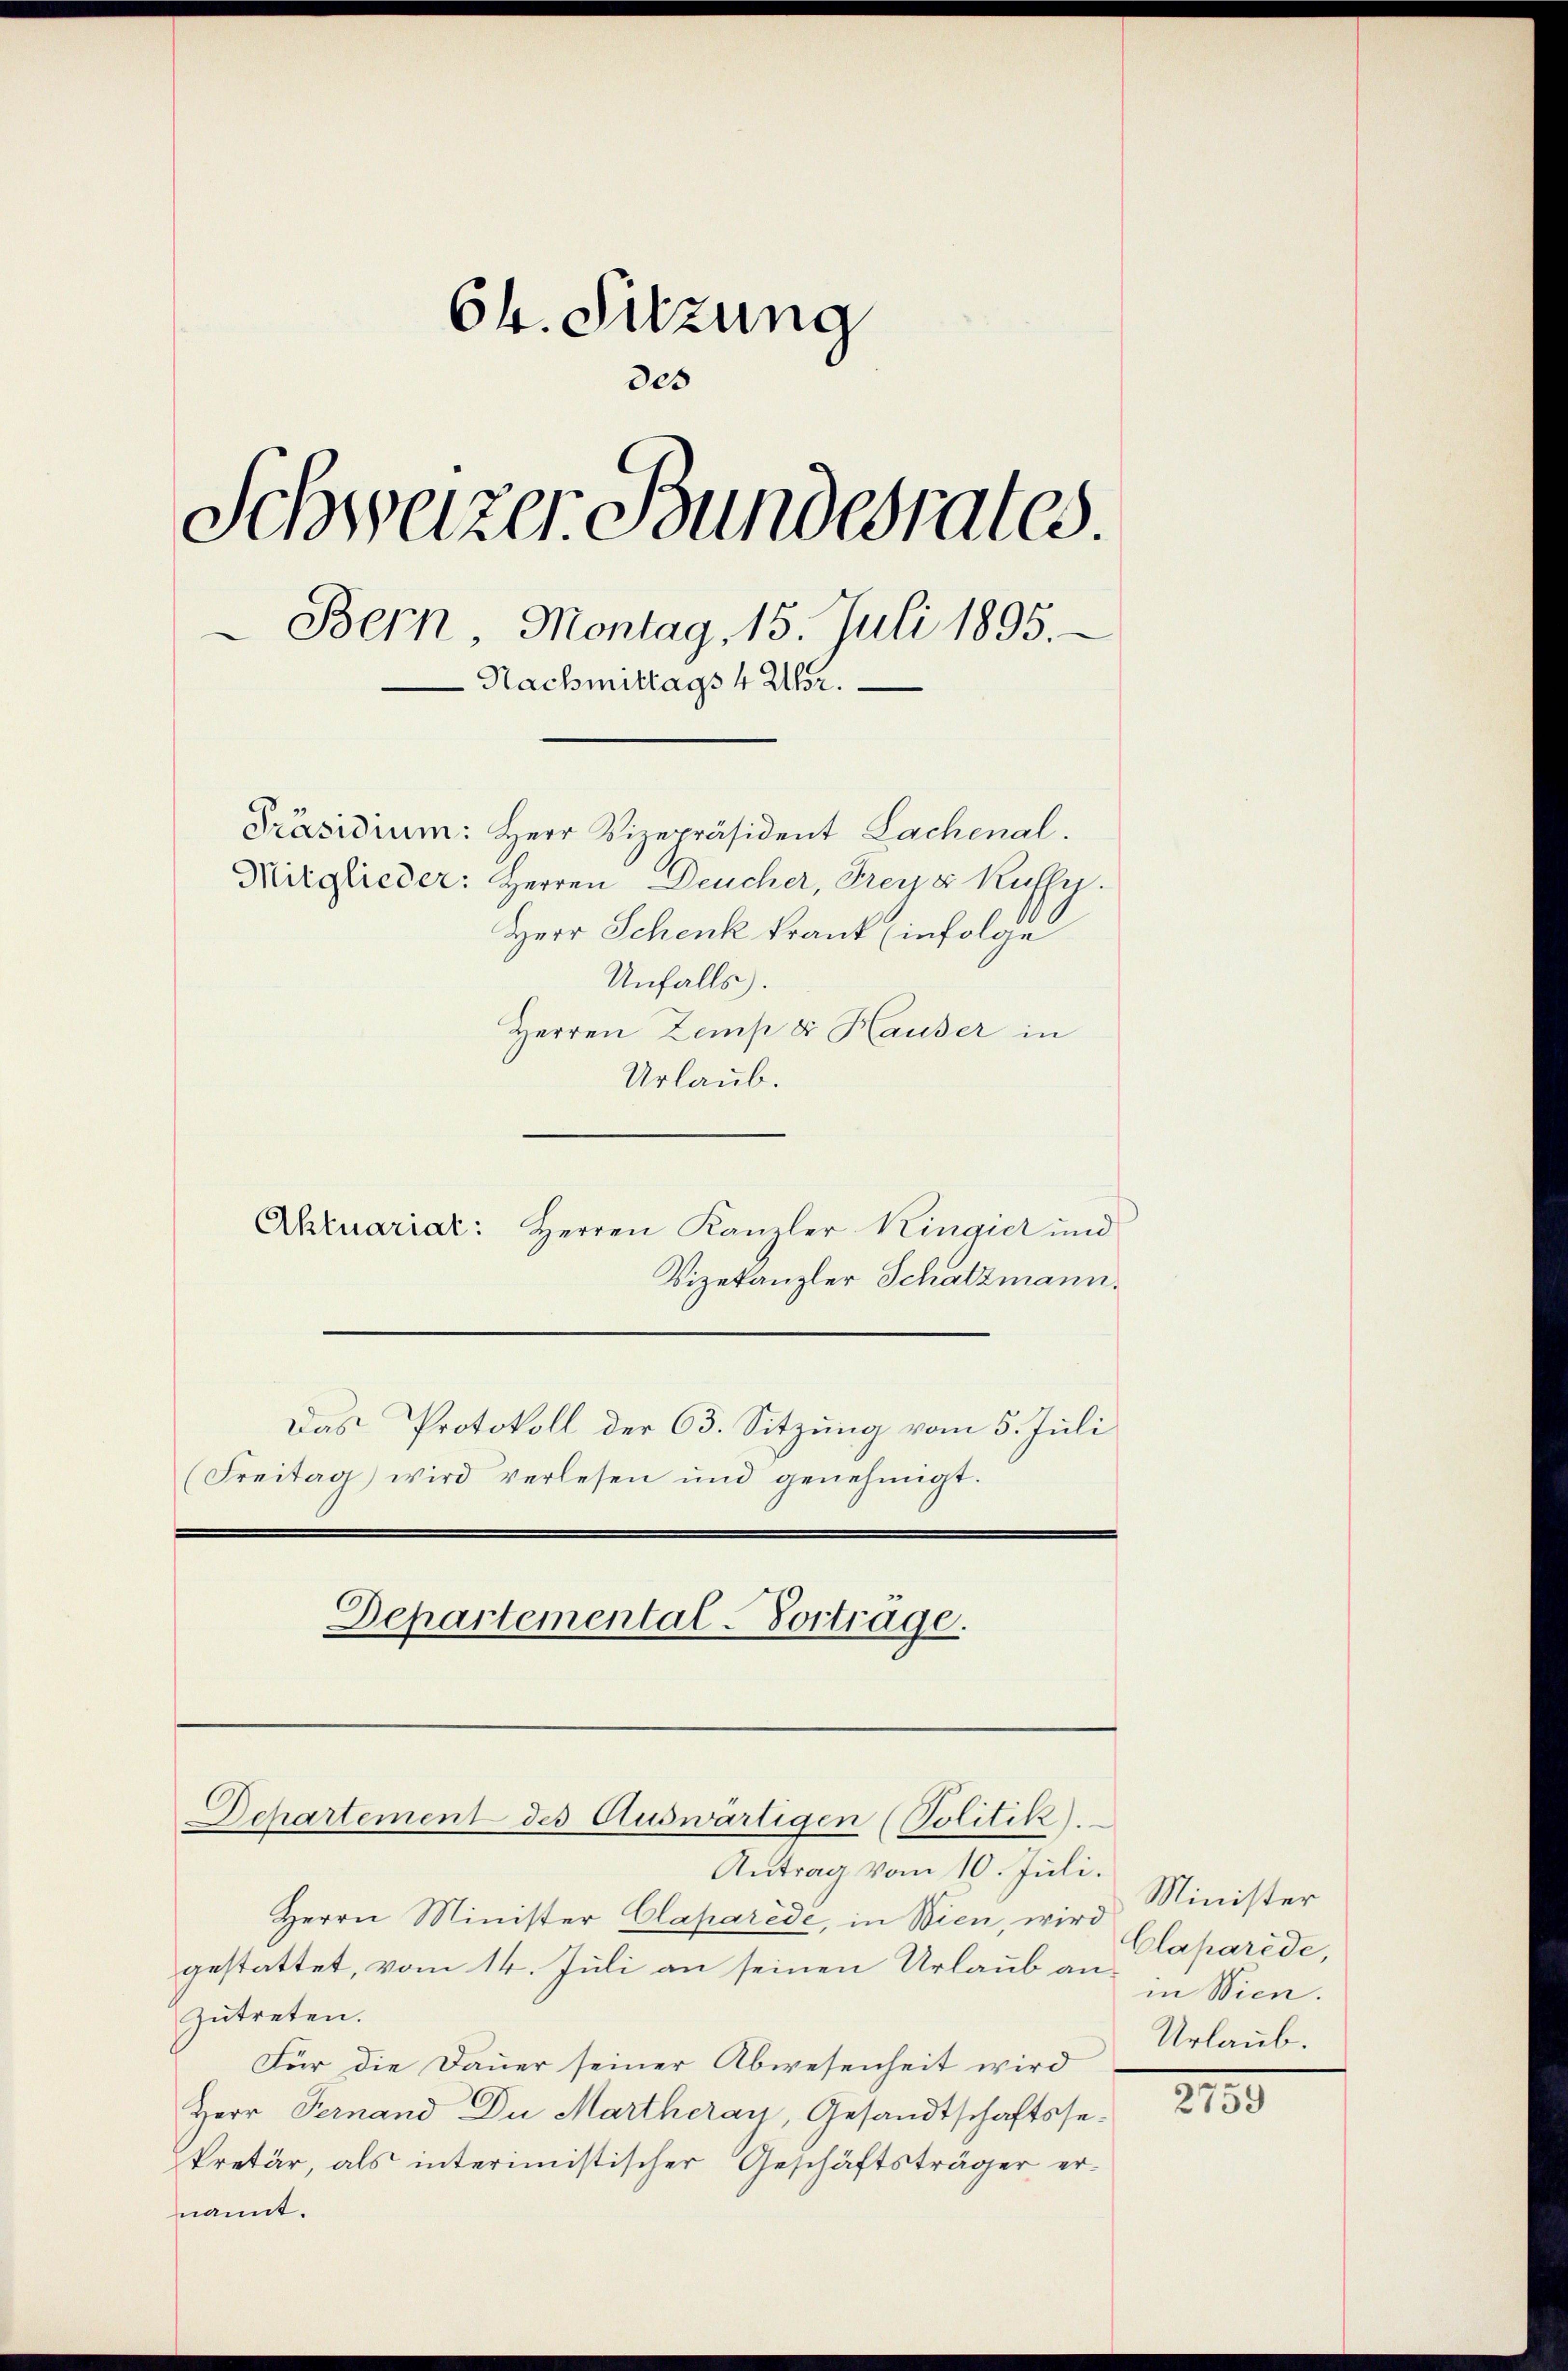
Ch. Sitzung
des
Schweizer Bundesrates
Bern Montag, 15. Juli 1895.
Nachmittags 4 Uhr.
Präsidium: Herr Vizepräsident Lachenal.
Mitglieder: Herren Deucher, Freyz Kuffy.
Herr Schenk krank (infolge
Unfalls.
Herren Zemper Hauser in
Urlaub.

Aktuariar: Herren Kanzler Kingier und
Vizekanzler Schatzmann.
Das Protokoll der 63. Sitzung vom 5. Juli
(Freitag wird verlesen und genehmigt.

Departemental-Vortrage.

Antrag vom 10. Juli.
Herrn Minister Claparede, in Wien, wird
gestattet, vom 14. Juli an seinen Urlaub anzutreten.
Für die Dauer seiner Abwesenheit wird
Herr Fernand Du Martheray, Gesandtschaftsse-
kretär, als interimistischer Geschäftsträger ernannt.

Dchartement des Auswärtigen (Politik).

Minister
Claparede,
in Wien.
Urlaub.

2759